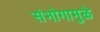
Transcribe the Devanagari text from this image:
संभोगामुळे